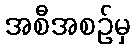
အစီအစဉ်မှ